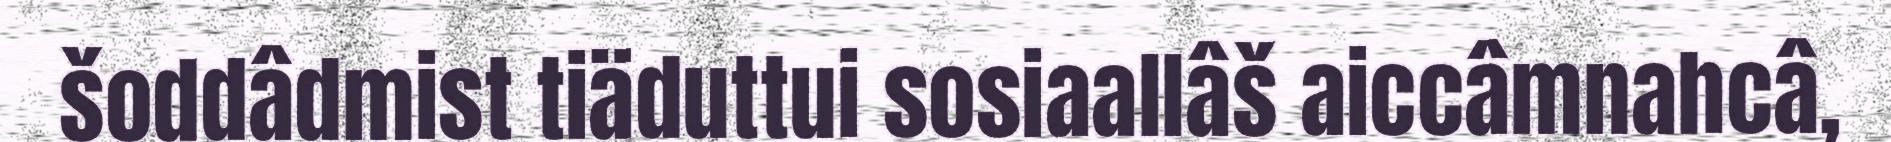
šoddâdmist tiäduttui sosiaallâš aiccâmnahcâ,